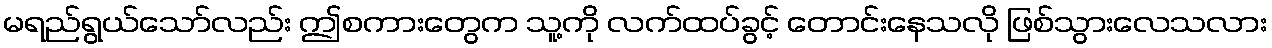
မရည်ရွယ်သော်လည်း ဤစကားတွေက သူ့ကို လက်ထပ်ခွင့် တောင်းနေသလို ဖြစ်သွားလေသလား